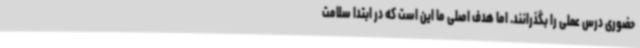
حضوری درس عملی را بگذرانند. اما هدف اصلی ما این است که در ابتدا سلامت